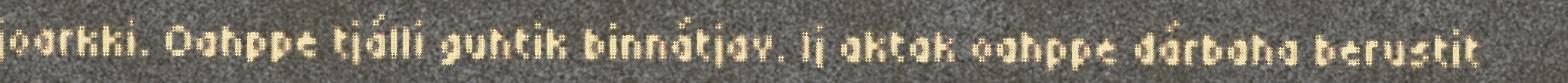
joarkki. Oahppe tjálli guhtik binnátjav. Ij aktak oahppe dárbaha berustit